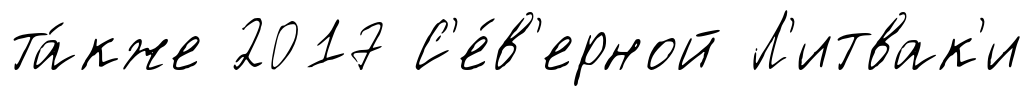
та́кже 2017 С'е́в'ерной Л'итвак'и